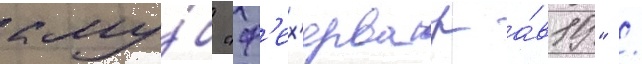
клу́б "ф'ех'ервар а́в19" /